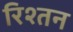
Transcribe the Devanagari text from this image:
रिश्तन